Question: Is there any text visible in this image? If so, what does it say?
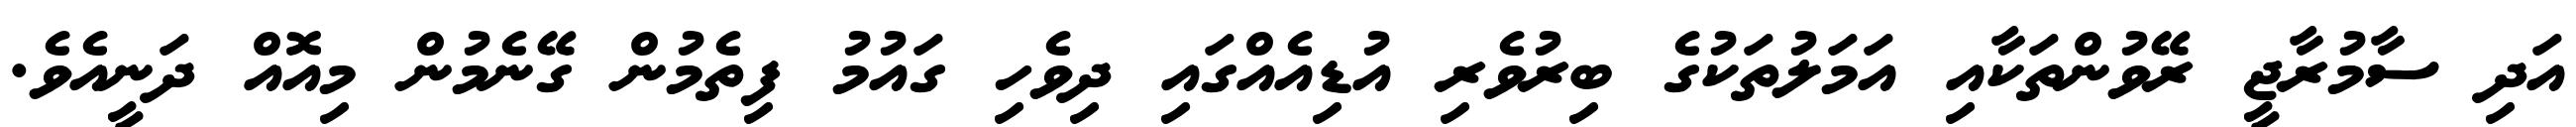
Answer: އަދި ސާމުރާޖީ ރޭވުންތަކާއި އަމަލުތަކުގެ ބިރުވެރި އުޑިއެއްގައި ދިވެހި ގައުމު ފިތެމުން ގޭނެމުން މިއޮއް ދަނީއެވެ.